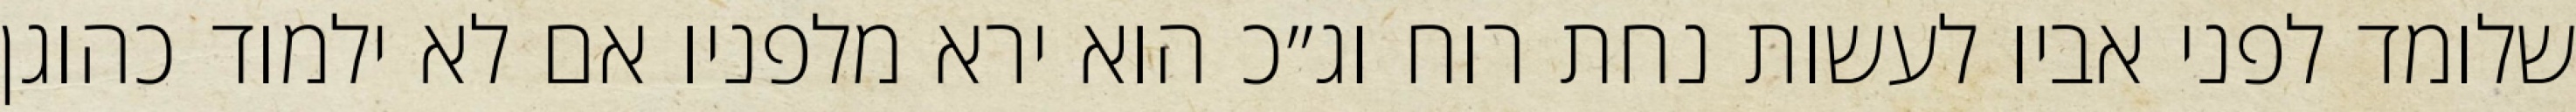
שלומד לפני אביו לעשות נחת רוח וג״כ הוא ירא מלפניו אם לא ילמוד כהוגן